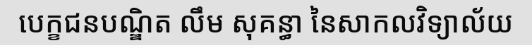
បេក្ខជនបណ្ឌិត លឹម សុគន្ធា នៃសាកលវិទ្យាល័យ